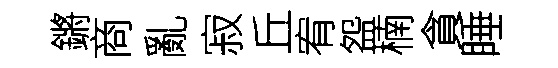
鏘商亂寂丘宥盌楠貪睡